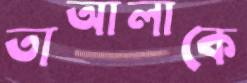
তাআলাকে